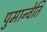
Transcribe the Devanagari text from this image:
पुमान्वेति